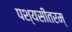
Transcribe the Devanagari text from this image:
पश्यसीतरम्